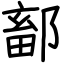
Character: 鄐